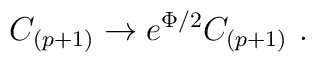
C_{(p+1)} \rightarrow e^{\Phi/2} C_{(p+1)} \ .